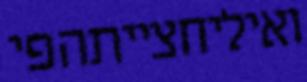
ואיליחצייתהפי